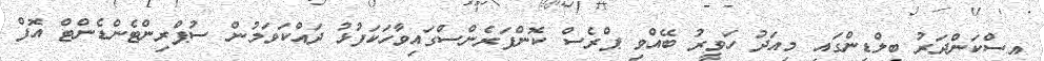
އިސްކަންދަރު ބިލްޑިންގައި މިއަދު ހަވީރު ބޭއްވި ޕްރެސް ކޮންފަރެންސްގައިވާހަކަފުޅު ދައްކަވަމުން ސުޕްރިންޓެންޑެންޓް އޮފް